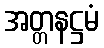
အတ္တနဋ္ဌမံ